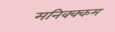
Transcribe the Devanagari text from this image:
मनिक्क्कम